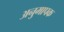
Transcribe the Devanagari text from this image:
अनुमापक